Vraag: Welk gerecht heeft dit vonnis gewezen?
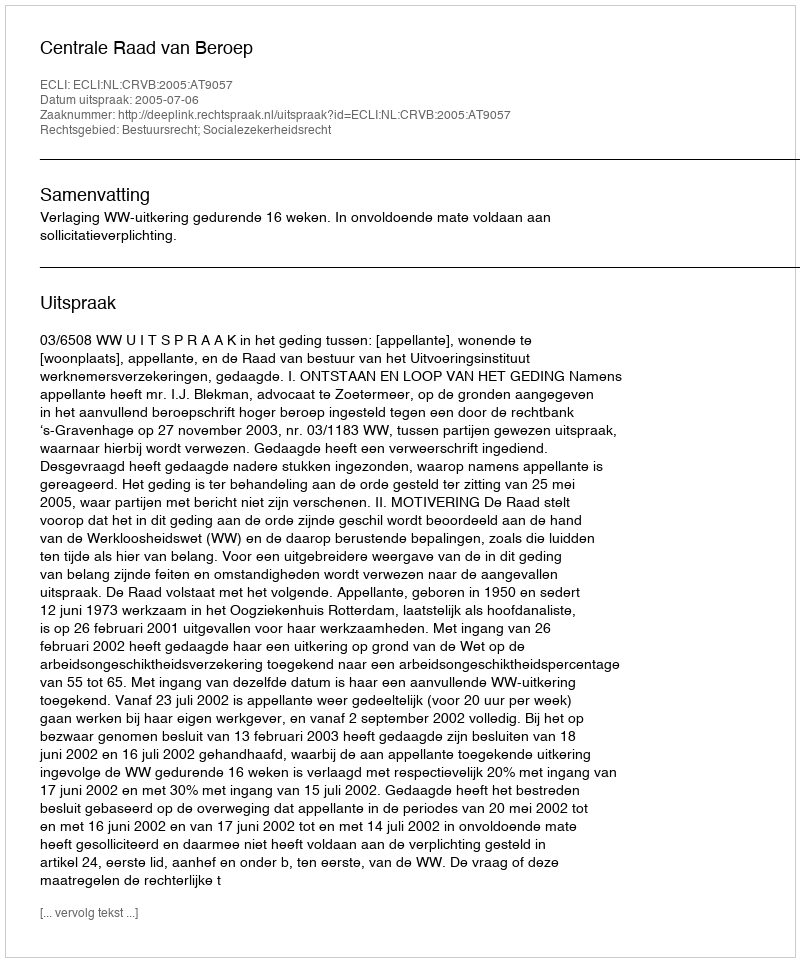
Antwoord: Centrale Raad van Beroep